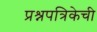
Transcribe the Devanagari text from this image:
प्रश्नपत्रिकेची